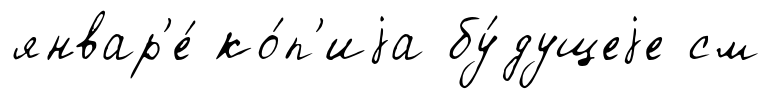
январ'е́ ко́п'иjа бу́дущеjе см